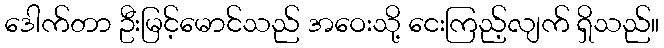
ဒေါက်တာ ဦးမြင့်မောင်သည် အဝေးသို့ ငေးကြည့်လျက် ရှိသည်။